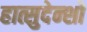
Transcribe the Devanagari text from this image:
हात्सुदेन्शो